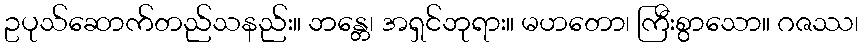
ဥပုသ်ဆောက်တည်သနည်း။ ဘန္တေ၊ အရှင်ဘုရား။ မဟတော၊ ကြီးစွာသော။ ဂဇဿ၊